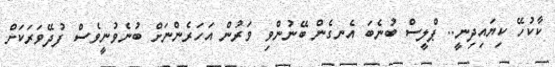
ކާކުހޭ ކިޔައިދިނީ.. ޕްލީސް ބުނެބަ އެނގެން ބޭނުންވި ވަރުން އަހަރެންނަށް ބުނެވުނީވެސް ފުދޭވަރަކަށް